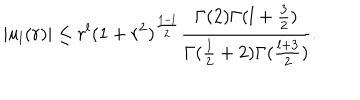
\vert u _ { l } ( r ) \vert \leq r ^ { l } ( 1 + r ^ { 2 } ) ^ { { \frac { 1 - l } { 2 } } } { \frac { \Gamma ( 2 ) \Gamma ( l + { \frac { 3 } { 2 } } ) } { \Gamma ( { \frac { l } { 2 } } + 2 ) \Gamma ( { \frac { l + 3 } { 2 } } ) } } .